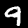
Digit: 9